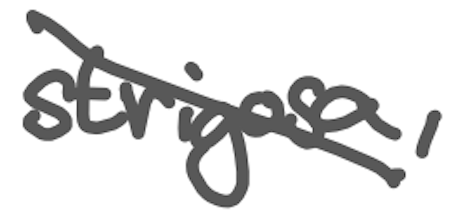
Text: strigosa,
Cross-out: diagonal
Writing tool: digital_gray